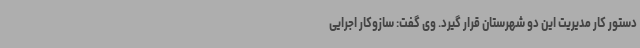
دستور کار مدیریت این دو شهرستان قرار گیرد. وی گفت: سازوکار اجرایی